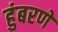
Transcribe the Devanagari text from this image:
हुंबरणे